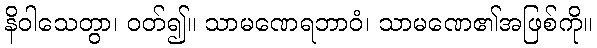
နိဝါသေတွာ၊ ဝတ်၍။ သာမဏေရဘာဝံ၊ သာမဏေ၏အဖြစ်ကို။